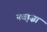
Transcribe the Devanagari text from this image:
नव़ाज़ा